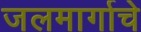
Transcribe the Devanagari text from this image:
जलमार्गाचे